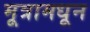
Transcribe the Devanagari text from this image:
मूत्रामधून